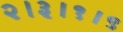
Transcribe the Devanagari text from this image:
२।३।१।९